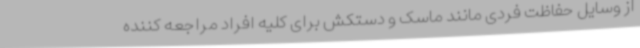
از وسایل حفاظت فردی مانند ماسک و دستکش برای کلیه افراد مراجعه کننده